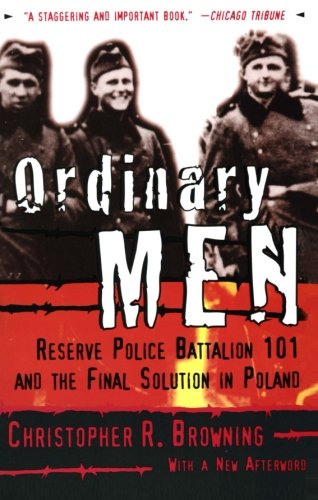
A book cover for Ordinary Men: Reserve Police Battalion 101 and the Final Solution in Poland; Christopher R. Browning; History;